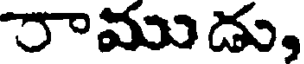
రాముడు,